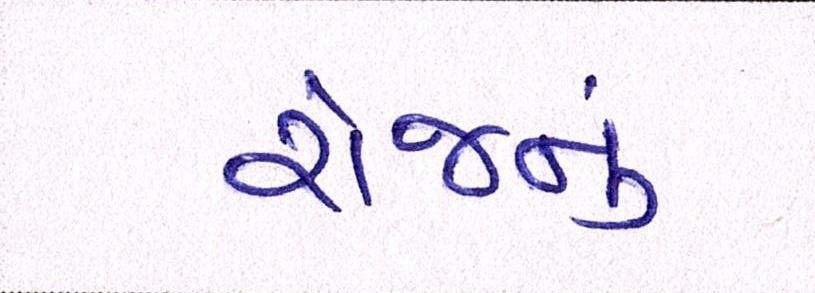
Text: રોજનું